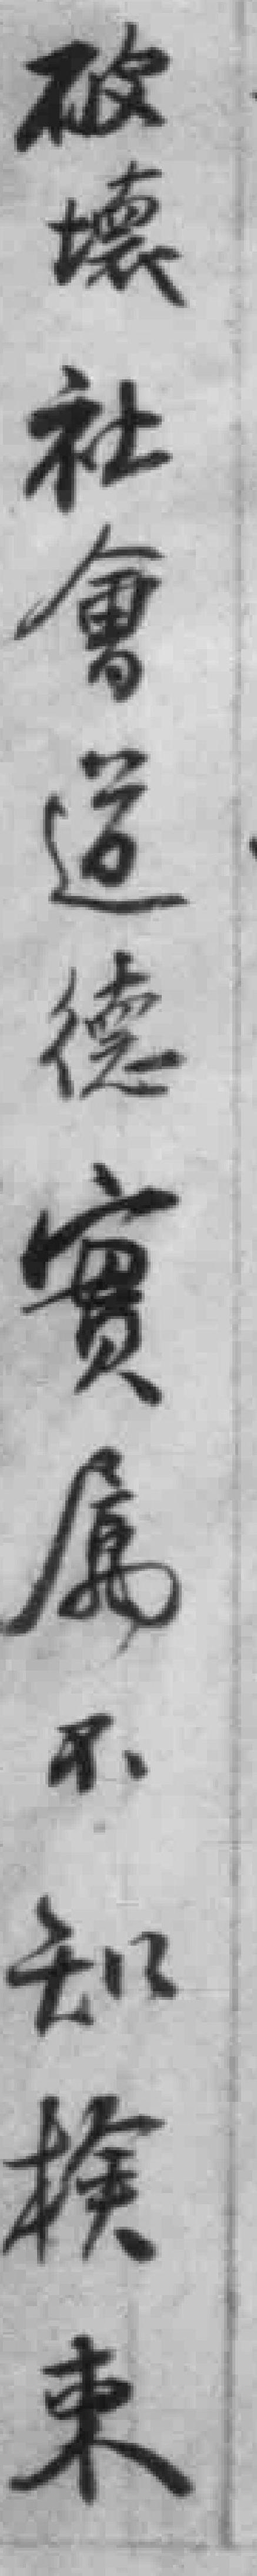
破壞社會道德實屬不知檢束